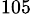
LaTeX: _{105}